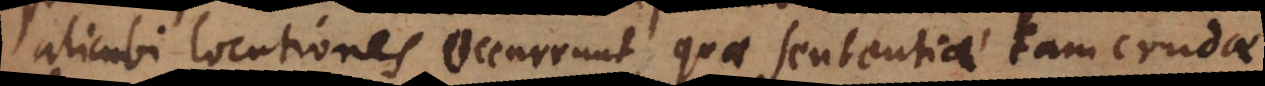
alicubi locutiones occurrunt quae sententiae tam crudae